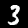
Label: 3